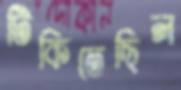
টিকিতেছিল